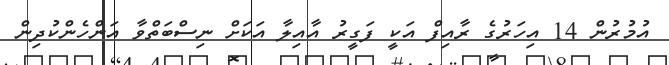
އުމުރުން 14 އިހަރުގެ ރާއިފް އަކީ ފަގީރު އާއިލާ އަކަށް ނިސްބަތްވާ އަންހެންކުދިން